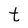
Character: t